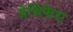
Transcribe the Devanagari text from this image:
ग्नेथिफेरा